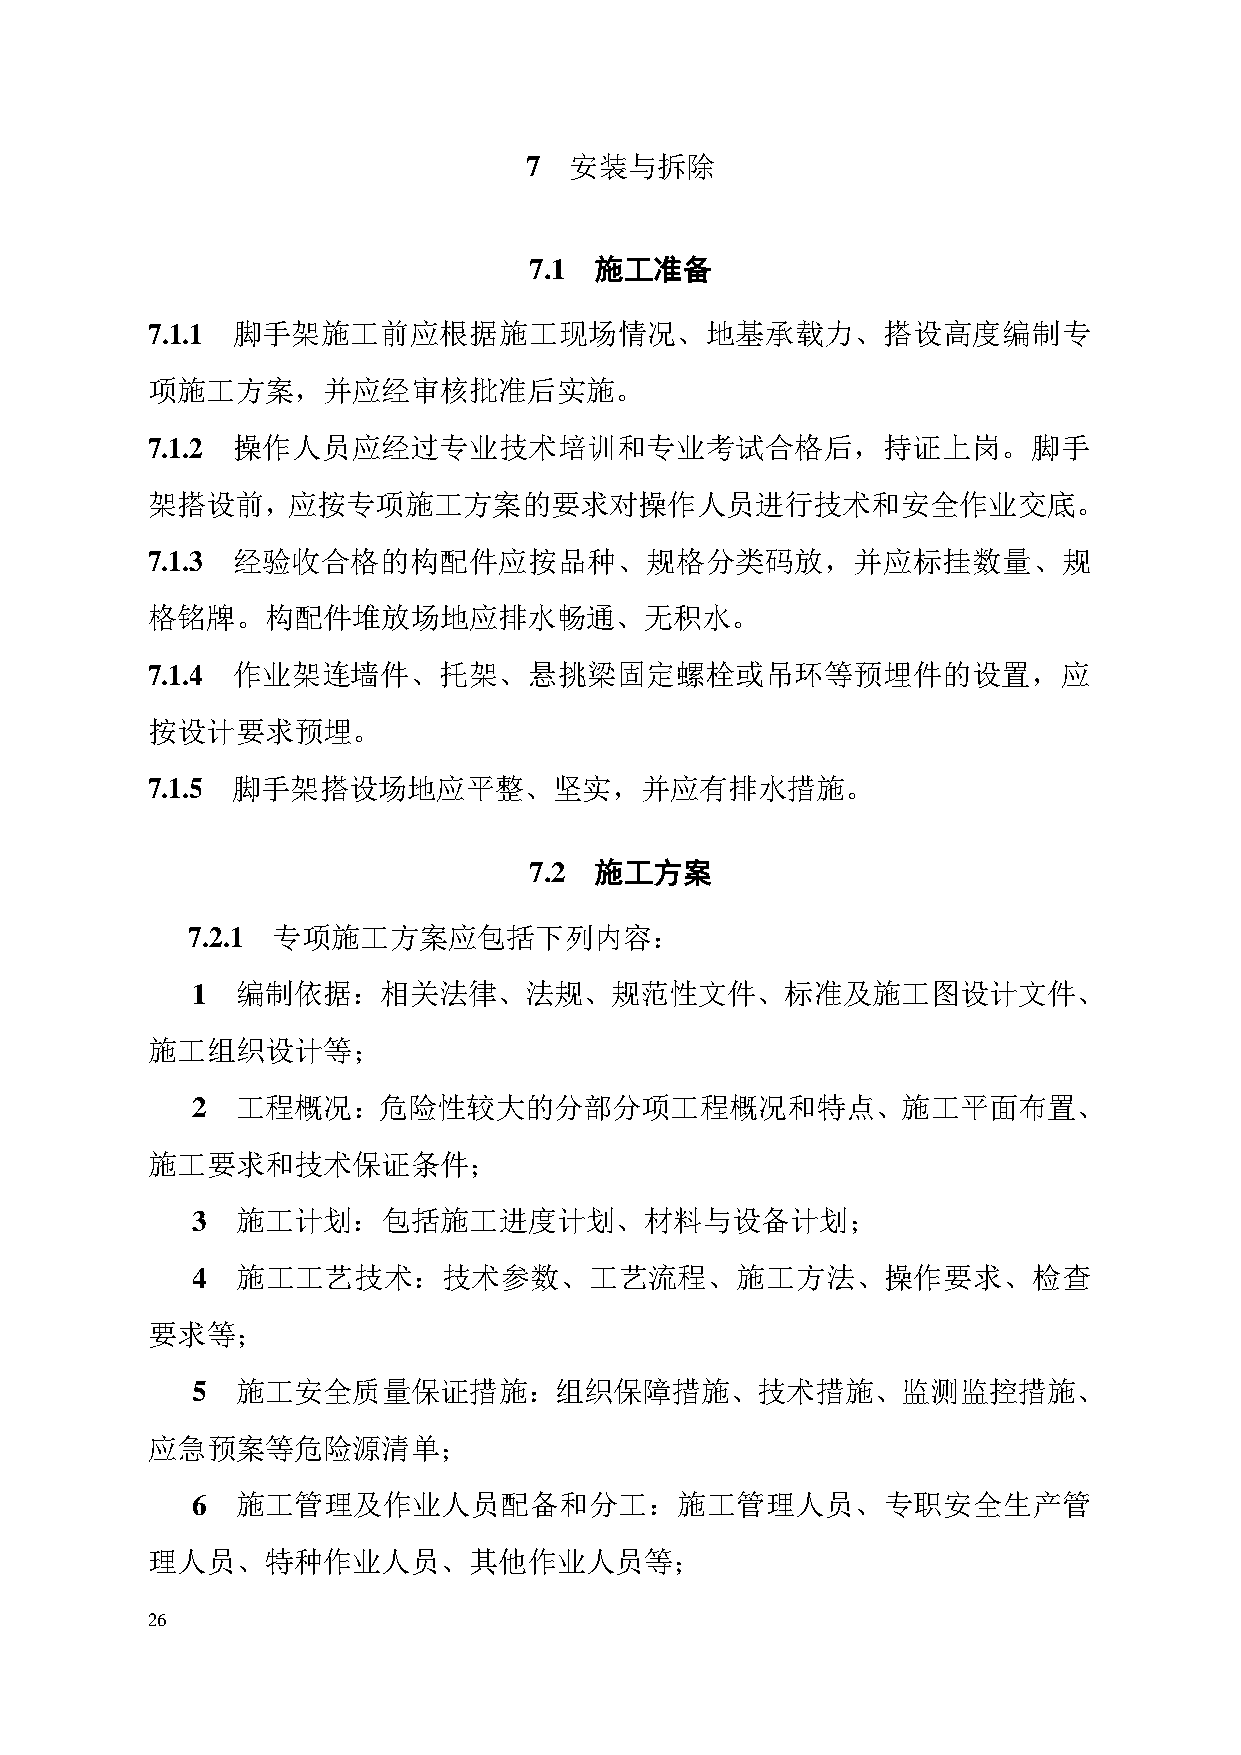
7  安装与拆除
 7.1 施工准备
 7.1.1 脚手架施工前应根据施工现场情况、地基承载力、搭设高度编制专
 项施工方案，并应经审核批准后实施。
 7.1.2 操作人员应经过专业技术培训和专业考试合格后，持证上岗。脚手
 架搭设前，应按专项施工方案的要求对操作人员进行技术和安全作业交底。
 7.1.3 经验收合格的构配件应按品种、规格分类码放，并应标挂数量、规
 格铭牌。构配件堆放场地应排水畅通、无积水。
 7.1.4 作业架连墙件、托架、悬挑梁固定螺栓或吊环等预埋件的设置，应
 按设计要求预埋。
 7.1.5 脚手架搭设场地应平整、坚实，并应有排水措施。
 7.2 施工方案
 7.2.1 专项施工方案应包括下列内容：
 1  编制依据：相关法律、法规、规范性文件、标准及施工图设计文件、
 施工组织设计等；
 2  工程概况：危险性较大的分部分项工程概况和特点、施工平面布置、
 施工要求和技术保证条件；
 3  施工计划：包括施工进度计划、材料与设备计划；
 4  施工工艺技术：技术参数、工艺流程、施工方法、操作要求、检查
 要求等；
 5  施工安全质量保证措施：组织保障措施、技术措施、监测监控措施、
 应急预案等危险源清单；
 6  施工管理及作业人员配备和分工：施工管理人员、专职安全生产管
 理人员、特种作业人员、其他作业人员等；
 26